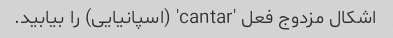
اشکال مزدوج فعل 'cantar' (اسپانیایی) را بیابید.